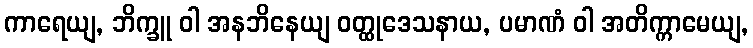
ကာရေယျ, ဘိက္ခူ ဝါ အနဘိနေယျ ဝတ္ထုဒေသနာယ, ပမာဏံ ဝါ အတိက္ကာမေယျ,